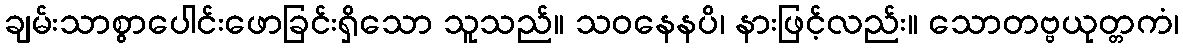
ချမ်းသာစွာပေါင်းဖောခြင်းရှိသော သူသည်။ သဝနေနပိ၊ နားဖြင့်လည်း။ သောတဗ္ဗယုတ္တကံ၊